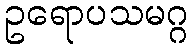
ဥရောပသမဂ္ဂ